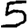
Digit: 5